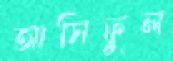
আসিফুল